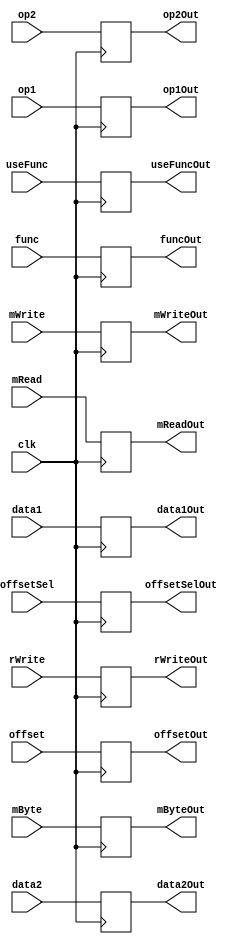
/*
 * Module by Chase Jones
 */

module IDExBuffer(
	//#######
	//Inputs
	//#######
	//Writeback variables
	input [1:0] rWrite,
	//Memory variables
	input mWrite, mRead, mByte,
	//Ex variables
	input [1:0] useFunc,
	input [15:0] data1, data2,
	input [3:0] func,
	input [7:0] offset,
	input [3:0] op1, op2,
	input offsetSel, clk,

	//#######
	//Outputs
	//#######
	//Writeback variables
	output reg [1:0] rWriteOut,
	//Memory variables
	output reg mWriteOut, mReadOut, mByteOut,
	//Ex variables
	output reg [1:0] useFuncOut,
	output reg [15:0] data1Out, data2Out,
	output reg [3:0] funcOut,
	output reg [7:0] offsetOut,
	output reg [3:0] op1Out, op2Out,
	output reg offsetSelOut
);

always@(posedge clk)
begin
	// WB	
	rWriteOut <= rWrite;
	// M
	mWriteOut <= mWrite;
	mReadOut <= mRead;
	mByteOut <= mByte;
	// Ex
	useFuncOut <= useFunc;
	data1Out <= data1;
	data2Out <= data2;
	funcOut <= func;
	offsetOut <= offset;
	op1Out <= op1;
	op2Out <= op2;
	offsetSelOut <= offsetSel;
end	

endmodule